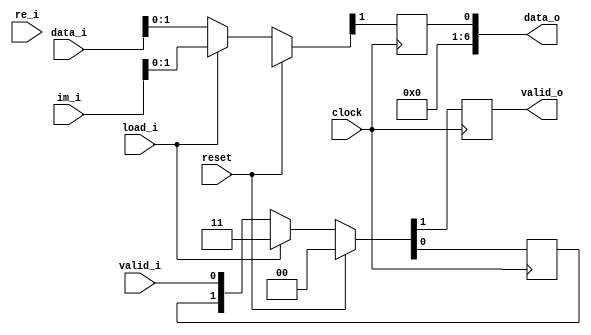
module vismerge #(
  parameter integer WIDTH = 7,
  localparam integer MSB = WIDTH - 1
) (
  input clock,
  input reset,

  // Loads new data from attached visibilities unit
  input load_i,
  input [MSB:0] re_i,
  input [MSB:0] im_i,

  // From preceding registers in the chain
  input valid_i,
  input [MSB:0] data_i,

  // To the following registers in the chain
  output valid_o,
  output [MSB:0] data_o
);

  // -- 2:1 interleaving for (partial sums of) real & imaginary visibilities -- //

  assign valid_o = vld0;
  assign data_o  = dat0;

  always @(posedge clock) begin
    if (reset) begin
      {vld0, vld1} <= 2'b00;
      {dat0, dat1} <= {2 * WIDTH{1'bx}};
    end else begin
      if (load_i) begin
        {vld0, vld1} <= 2'b11;
        {dat0, dat1} <= {re_i, im_i};
      end else begin
        {vld0, vld1} <= {vld1, valid_i};
        {dat0, dat1} <= {dat1, data_i};
      end
    end
  end

endmodule